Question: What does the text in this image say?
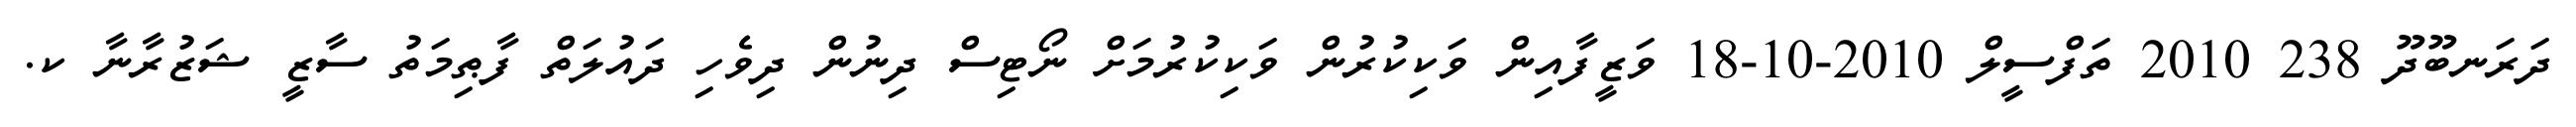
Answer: ދަރަނބޫދޫ 238 2010 ތަފްސީލް 2010-10-18 ވަޒީފާއިން ވަކިކުރުން ވަކިކުރުމަށް ނޯޓިސް ދިނުން ދިވެހި ދައުލަތް ފާޠިމަތު ސާޒީ ޝަޒުރާނާ ކ.